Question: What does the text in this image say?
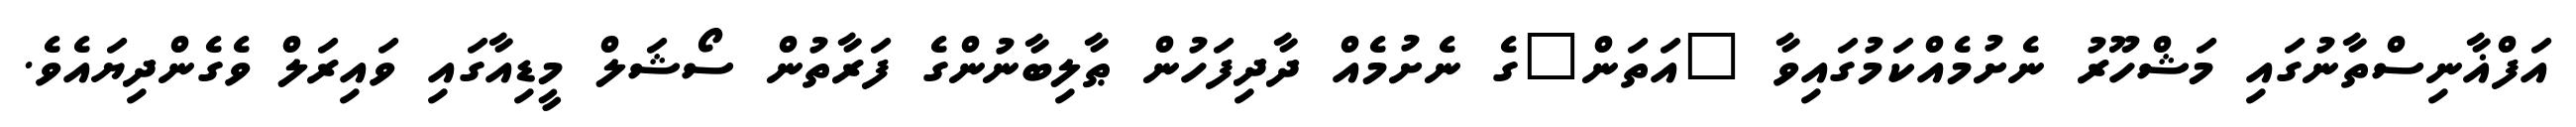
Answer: އަފްޣާނިސްތާނުގައި މަޝްހޫރު ނެށުމެއްކަމުގައިވާ "އަތަން"ގެ ނެށުމެއް ދާދިފަހުން ޠާލިބާނުންގެ ފަރާތުން ސޯޝަލް މީޑިއާގައި ވައިރަލް ވެގެންދިޔައެވެ.